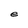
Character: e